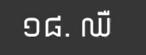
១៨. ឈឺ